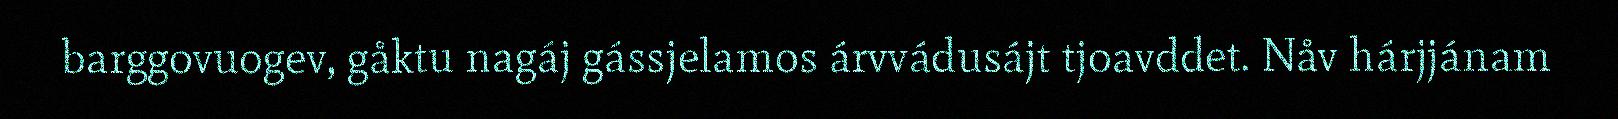
barggovuogev, gåktu nagáj gássjelamos árvvádusájt tjoavddet. Nåv hárjjánam